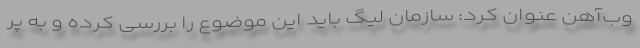
وب‌آهن عنوان کرد: سازمان لیگ باید این موضوع را بررسی کرده و به پر